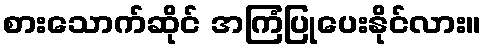
စားသောက်ဆိုင် အကြံပြုပေးနိုင်လား။